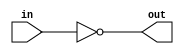
//University of Jordan
// Comptuer Engineering Dept. 
// Course: Computer Design Lab. CPE 349
// Modified version of the library
// Eng. Muath Alhiari, Eng. Amal Quzmar

// Inverter
module INV (out, in);
   input in;
   output out;
   assign #1 out = ~in;
endmodule
//*****************************************************************

// 2-input AND gate
module AND (out, in1, in2);
   input in1, in2;
   output out;
   assign #1 out =  (in1 & in2);
endmodule
// 3-input AND gate
module AND3 (out, in1, in2, in3);
   input in1, in2, in3;
   output out;
   assign #1 out =  (in1 & in2 & in3);
endmodule
// 4-input AND gate
module AND4 (out, in1, in2, in3, in4);
   input in1, in2, in3, in4;
   output out;
   assign #1 out =  (in1 & in2 & in3 & in4);
endmodule
//*****************************************************************

// 2-input OR gate
module OR (out, in1, in2);
   input in1, in2;
   output out;
   assign #1 out =  (in1 | in2);
endmodule
// 3-input OR gate
module OR3 (out, in1, in2, in3);
   input in1, in2, in3;
   output out;
   assign #1 out =  (in1 | in2 | in3);
endmodule
// 4-input OR gate
module OR4 (out, in1, in2, in3, in4);
   input in1, in2, in3, in4;
   output out;
   assign #1 out =  (in1 | in2 | in3 | in4);
endmodule

// 8-input OR gate
module OR8 (out, in1, in2, in3, in4, in5, in6, in7, in8);
   input in1, in2, in3, in4, in5, in6, in7, in8;
   output out;
   wire w1,w2;
   OR4 o1(w1, in1, in2, in3, in4);
   OR4 o2(w2, in5, in6, in7, in8);
   OR  o3(out, w1, w2);
endmodule
//*****************************************************************

// 2-input NAND gate
module NAND (out, in1, in2);
   input in1, in2;
   output out;
   assign #1 out =  ~(in1 & in2);
endmodule
// 3-input NAND gate
module NAND3 (out, in1, in2, in3);
   input in1, in2, in3;
   output out;
   assign #1 out =  ~(in1 & in2 & in3);
endmodule
// 4-input NAND gate
module NAND4 (out, in1, in2, in3, in4);
   input in1, in2, in3, in4;
   output out;
   assign #1 out =  ~(in1 & in2 & in3 & in4);
endmodule
//*****************************************************************

// 2-input NOR gate
module NOR (out, in1, in2);
   input in1, in2;
   output out;
   assign #1 out =  ~(in1 | in2);
endmodule
// 3-input NOR gate
module NOR3 (out, in1, in2, in3);
   input in1, in2, in3;
   output out;
   assign #1 out =  ~(in1 | in2 | in3);
endmodule
// 4-input NOR gate
module NOR4 (out, in1, in2, in3, in4);
   input in1, in2, in3, in4;
   output out;
   assign #1 out =  ~(in1 | in2 | in3 | in4);
endmodule
//*****************************************************************

// 2-input XOR gate
module XOR (out, in1, in2);
   input in1, in2;
   output out;
   assign #1 out = in1 ^ in2;
endmodule
// 3-input XOR gate
module XOR3 (out, in1, in2, in3);
   input in1, in2, in3;
   output out;
   assign #1 out =  (in1 ^ in2 ^ in3);
endmodule
// 4-input XOR gate
module XOR4 (out, in1, in2, in3, in4);
   input in1, in2, in3, in4;
   output out;
   assign #1 out =  (in1 ^ in2 ^ in3 ^ in4);
endmodule
//*****************************************************************

// 2-input XNOR gate
module XNOR (out, in1, in2);
   input in1, in2;
   output out;
   assign #1 out = ~(in1 ^ in2);
endmodule
// 3-input XNOR gate
module XNOR3 (out, in1, in2, in3);
   input in1, in2, in3;
   output out;
   assign #1 out =  ~(in1 ^ in2 ^ in3);
endmodule
// 4-input XNOR gate
module XNOR4 (out, in1, in2, in3, in4);
   input in1, in2, in3, in4;
   output out;
   assign #1 out =  ~(in1 ^ in2 ^ in3 ^ in4);
endmodule
//*******************************************************************

// Synchronous D Flip-flop with reset and active high enable(positive-edge trigger)
module DFF (Q, D, clk, reset,enable);
   input D, clk, reset,enable;
   output Q;
   reg Q;
   always @(posedge clk)
    begin
      #2;
      if (reset == 1)
        Q=0;
      else if(enable == 1)
        Q=D;
    end
endmodule
// Synchronous 4-bit register with reset and active high enable(positive-edge trigger)
module REG4 (Q, D, clk, reset, enable);
  input  clk, reset, enable;
  input  [3:0] D;         
  output [3:0] Q;         
 
DFF dff1(Q[0], D[0], clk, reset,enable);
DFF dff2(Q[1], D[1], clk, reset,enable);
DFF dff3(Q[2], D[2], clk, reset,enable);
DFF dff4(Q[3], D[3], clk, reset,enable);
endmodule
// Synchronous 8-bit register with reset and active high enable(positive-edge trigger)
module REG8 (Q, D, clk, reset, enable);
  input  clk, reset, enable;
  input  [7:0] D;    
  output [7:0] Q;         
 
 REG4 r1 (Q[3:0], D[3:0], clk, reset, enable);
 REG4 r2 (Q[7:4], D[7:4], clk, reset, enable);
endmodule
//*******************************************************************

// Synchronous D Flip-flop with reset and active high enable(negitive-edge trigger)
module DFFnegclk (Q, D, clk, reset,enable);
   input D, clk, reset,enable;
   output Q;
   reg Q;
   always @(negedge clk)
    begin
      #2;
      if (reset == 1)
       Q=0;
      else if(enable == 1)
       Q=D;
    end
endmodule

// Synchronous 4-bit register with reset and active high enable(negitive-edge trigger)
module REG4negclk (Q, D, clk, reset, enable);
  input  clk, reset, enable;
  input  [3:0] D;         
  output [3:0] Q;         
 
DFFnegclk dff1(Q[0], D[0], clk, reset,enable);
DFFnegclk dff2(Q[1], D[1], clk, reset,enable);
DFFnegclk dff3(Q[2], D[2], clk, reset,enable);
DFFnegclk dff4(Q[3], D[3], clk, reset,enable);
endmodule

// Synchronous 8-bit register with reset and active high enable(negitive-edge trigger)
module REG8negclk (Q, D, clk, reset, enable);
  input  clk, reset, enable;
  input  [7:0] D;    
  output [7:0] Q;         
 
 REG4negclk r1 (Q[3:0], D[3:0], clk, reset, enable);
 REG4negclk r2 (Q[7:4], D[7:4], clk, reset, enable);
   
endmodule
//*****************************************************************
// Asynchronous T Flip-flop with reset (Negative-edge trigger)
module TFF (Q, T, clk, reset);
   input T, clk, reset;
   output Q;
   reg Q;
   always @(negedge clk or posedge reset)
	begin
     	 #2;
       if (reset == 1)
         Q = 0;
       else if (T == 1) 
         Q = ~Q;
	end
endmodule
//*****************************************************************

// Latch with active high gate and a reset
module LATCH (Q, D, gate, reset);
   input D, gate, reset;
   output Q;
   reg Q;
   always @(gate or reset)
     if (reset == 1)
       #2 Q=0;
     else
       if (gate == 1)
         #2 Q=D;
endmodule
//*****************************************************************

// Tri-state buffer with active high control
module TRI (out, in, cntl);
   input in, cntl;
   output out;
   reg out;
   always @(in or cntl) begin
     #1;
     if (cntl == 1)
       out = in;
     else
       out = 1'bz;
   end
endmodule